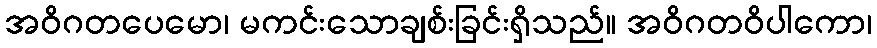
အဝိဂတပေမော၊ မကင်းသောချစ်းခြင်းရှိသည်။ အဝိဂတဝိပါကော၊